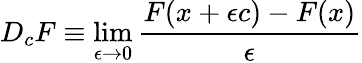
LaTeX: D_{c}F\equiv\operatorname*{lim}_{\epsilon\to 0}{\frac{F(x+\epsilon c)-F(x)}{\epsilon}}